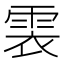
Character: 𩂱